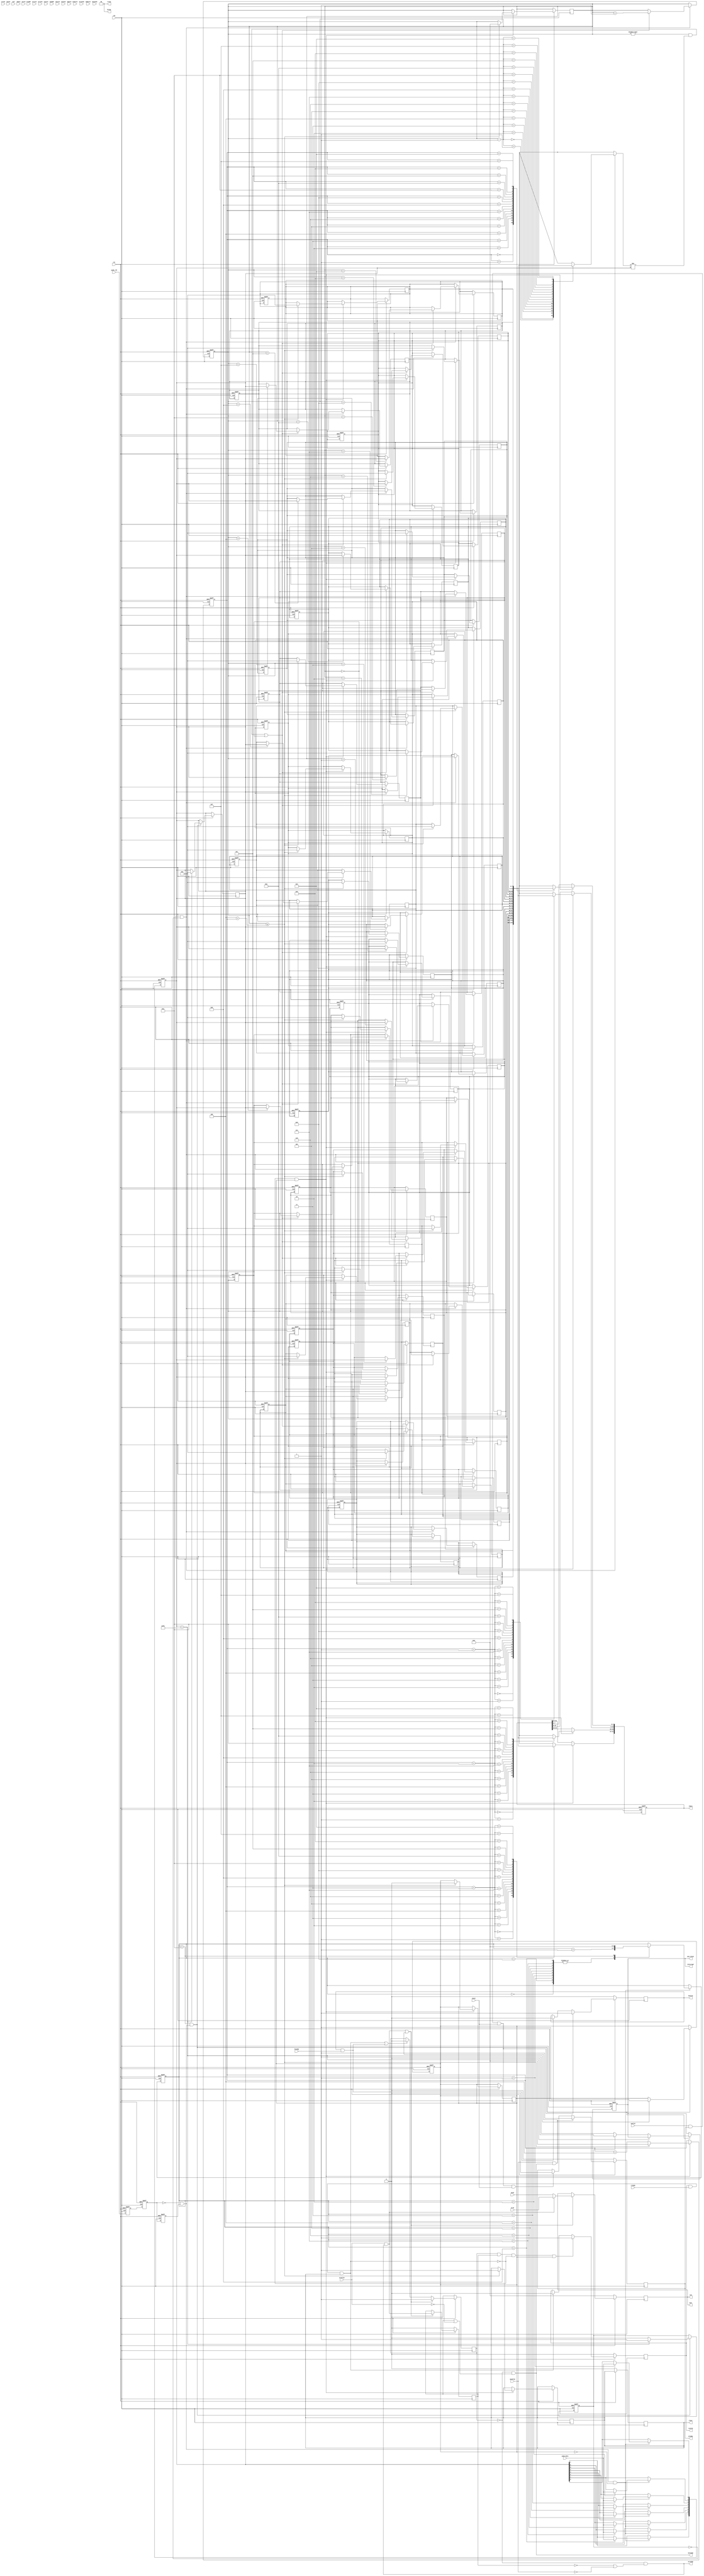
module PS2Keyboard(
        //keyboard control
        input clk                  , // 50Mhz clock
        input rst                  , // reset
        input ps2k_clk             , // PS/2 clock
        input ps2k_data            , // PS/2 data
        output interrupt           ,// 中断信号
        output ps2_state           , // keybord status, =1 when key is pressed
       //ar 
       input   wire[3 :0]  arid    ,
       input   wire[31:0]  araddr  ,
       input   wire[7 :0]  arlen   ,
       input   wire[2 :0]  arsize  ,
       input   wire[1 :0]  arburst ,
       input   wire[1 :0]  arlock  ,
       input   wire[3 :0]  arcache ,
       input   wire[2 :0]  arprot  ,
       input   wire        arvalid ,
       output  wire        arready ,
       //r
       output  wire[3 :0]  rid     ,
       output  wire[31:0]  rdata   ,
       output  wire[1 :0]  rresp   ,
       output  wire        rlast   ,
       output  wire        rvalid  ,
       input   wire        rready  ,
       //aw
       input   wire[3 :0]  awid    ,
       input   wire[31:0]  awaddr  ,
       input   wire[7 :0]  awlen   ,
       input   wire[2 :0]  awsize  ,
       input   wire[1 :0]  awburst ,
       input   wire[1 :0]  awlock  ,
       input   wire[3 :0]  awcache ,
       input   wire[2 :0]  awprot  ,
       input   wire        awvalid ,
       output  wire        awready ,
       //w
       input   wire[3 :0]  wid     ,
       input   wire[31:0]  wdata   ,
       input   wire[3 :0]  wstrb   ,
       input   wire        wlast   ,
       input   wire        wvalid  ,
       output  wire        wready  ,
       output  wire[3 :0]  bid     ,
       output  wire[1 :0]  bresp   ,
       output  wire        bvalid  ,
       input   wire        bready 
       );
//-----------------------{axi_interface}begin------------------//
//axi 接口的读控制相关信号因为有改动故 移动到了 253行到269行
       reg     busy,write,R_or_W;
       wire    ar_enter    = arvalid & arready;              //进入读状态，读数据开始
       wire    r_retire    = rvalid  & rready & rlast;
       wire    aw_enter    = awvalid & awready;
       wire    w_enter     = wvalid  & wready & wlast;
       wire    b_retire    = bvalid  & bready;
   //Mode
       assign  arready     = ~busy & (!R_or_W | !awvalid);   //读地址接收准备好，前提：总线不忙，且写地址无效  （或没进入读状态？）
       assign  awready     = ~busy & ( R_or_W | !arvalid);   
   
       reg [3 :0]  buf_id;
       reg [31:0]  buf_addr;
       reg [7 :0]  buf_len;
       reg [2 :0]  buf_size;
   //busy 
       always @ (posedge clk)  begin
           if (!rst)   busy  <= 1'b0;
           else if (ar_enter | aw_enter)   busy    <= 1'b1;
           else if (r_retire | b_retire)   busy    <= 1'b0;
       end
   //contronl_id
       always @ (posedge clk)  begin
           if (!rst)   begin
               R_or_W      <= 1'b0;
               buf_id      <= 4'b0;
               buf_addr    <= 31'h0;
               buf_len     <= 8'b0;
               buf_size    <= 3'b0;
           end 
           else if (ar_enter | aw_enter)   begin
               R_or_W      <= ar_enter;
               buf_id      <= ar_enter ? arid   : awid   ;
               buf_addr    <= ar_enter ? araddr : awaddr ;
               buf_len     <= ar_enter ? arlen  : awlen  ;
               buf_size    <= ar_enter ? arsize : awsize ;
           end
       end
   //write
       reg wready_reg;
       assign  wready  = wready_reg;
       always @ (posedge clk)  begin
           if      (!rst           )   wready_reg  <= 1'b0;
           else if (aw_enter       )   wready_reg  <= 1'b1;
           else if (w_enter & wlast)   wready_reg  <= 1'b0;
       end     
 //b
       reg bvalid_reg;
       assign  bvalid = bvalid_reg;
       always @ (posedge clk)  begin
           if      (!rst    )  bvalid_reg  <= 1'b0;
           else if (w_enter )  bvalid_reg  <= 1'b1;
           else if (b_retire)  bvalid_reg  <= 1'b0;
       end
   
       assign  rid     = buf_id;
       assign  bid     = buf_id;
       assign  bresp   = 2'b0;
       assign  rresp   = 2'b0;
//-----------------{axi_interface}end----------------//
    
    reg ps2k_clk_r0, ps2k_clk_r1, ps2k_clk_r2;      //ps2k_clk status register
    wire neg_ps2k_clk;                             // ps2k_clk neg-edge flag
    always @(posedge clk or negedge rst) begin 
        if (!rst) begin
            ps2k_clk_r0 <= 1'b0;
            ps2k_clk_r1 <= 1'b0;
            ps2k_clk_r2 <= 1'b0;
        end
        else begin   // storage current status
            ps2k_clk_r0 <= ps2k_clk;
            ps2k_clk_r1 <= ps2k_clk_r0;
            ps2k_clk_r2 <= ps2k_clk_r1;
        end
    end
    assign neg_ps2k_clk = ~ps2k_clk_r1 & ps2k_clk_r2;   // falling edge

    reg[7:0] ps2_byte_r;   // receive a byte from PS/2
    reg[7:0] temp_data;    // current data
    reg[3:0] counter;
   
    always @(posedge clk or negedge rst) begin
        if (!rst) begin
            counter <= 4'd0;
            temp_data <= 8'd0;
        end
        else if (neg_ps2k_clk&!isDone) begin   // at falling edge of ps2k_clk //当接收完后便不再接收
            case (counter)
                4'd0: counter <= counter + 1'b1;
                4'd1: begin
                    counter <=counter + 1'b1;
                    temp_data[0] <= ps2k_data;   // bit 0
                end
                4'd2: begin
                    counter <= counter + 1'b1;
                    temp_data[1] <= ps2k_data;   // bit 1
                end
                4'd3: begin
                    counter <= counter + 1'b1;
                    temp_data[2] <= ps2k_data;   // bit 2
                end
                4'd4: begin
                    counter <= counter + 1'b1;
                    temp_data[3] <= ps2k_data;   // bit 3
                end
                4'd5: begin
                    counter <= counter + 1'b1;
                    temp_data[4] <= ps2k_data;   // bit 4
                end
                4'd6: begin
                    counter <= counter + 1'b1;
                    temp_data[5] <= ps2k_data;   // bit 5
                end
                4'd7: begin
                    counter <= counter + 1'b1;
                    temp_data[6] <= ps2k_data;   // bit 6
                end
                4'd8: begin
                    counter <= counter + 1'b1;
                    temp_data[7] <= ps2k_data;   // bit 7
                end
                4'd9: counter <= counter + 1'b1;   // ignore parity bit
                4'd10: counter <= 4'd0;          // clear counter
                default: ;
            endcase
        end
    end

    reg [7:0] keycode_r[15:0]; // 通码寄存器堆
    integer i;
    always@(posedge clk or negedge rst)begin
        if(!rst)
            for(i=0;i<16;i=i+1)begin
                  keycode_r[i] <=1'b0;
            end
    end        //通码寄存器堆初始化
    
    reg key_f0;        // =1 if no key is pressed (PS/2 break)
    reg ps2_state_r;   // keybord status, =1 when key is pressed
      reg isDone;      
    always @(posedge clk or negedge rst) begin
        // process the data received, only consider 1-byte long keycode
        if (!rst) begin
            key_f0 <= 1'b0;
            ps2_state_r <= 1'b0;
            isDone <=1'b0;   
        end
        else if (counter == 4'd10   &&  neg_ps2k_clk) begin
            // just received a byte
            if (temp_data == 8'hf0)begin
                key_f0 <= 1'b1;
                isDone <= 1'b1;
                temp_data <=1'b0;
                end                      
            else begin
                if (!key_f0) begin             // a key is pressed
                    ps2_state_r <= 1'b1;
            //      ps2_byte_r <= temp_data;       //去掉了ps2_byte_r这个变量，通过axi的rdata传输数据
                end
                else begin
                    ps2_state_r <= 1'b0;
                    key_f0 <= 1'b0;
                end
            end 
        end
    end
    
     assign ps2_state = ps2_state_r;
     assign interrupt = ps2_state;
     
    reg [3:0] tail_ptr;//尾指针，指向有效信息的后一个寄存器的后一个寄存器
    always@(posedge clk or negedge rst)begin
        if(!rst)begin
            tail_ptr <= 4'b0000;
        end
        else if(counter == 4'd10 && neg_ps2k_clk&&!key_f0) begin
             if(((tail_ptr!=1'b0&(keycode_r[tail_ptr-1] !=temp_data))|!tail_ptr))begin //当tail指向0号时写入，tail不是指向0号时，比较队尾的通码和temp里临时通码不同才可写入
                keycode_r[tail_ptr] <=temp_data;                             
                tail_ptr <= tail_ptr+1;
            end
        end 
     end
 
    // read   axi总线接口部分
           reg rvalid_reg;
           reg rlast_reg;
           assign  rvalid  = rvalid_reg;
           assign  rlast   = rlast_reg;
           always @ (posedge clk)  begin
               if (!rst) begin
                  rvalid_reg   <= 1'b0;
                  rlast_reg    <= 1'b0;
               end else if (busy & R_or_W & !r_retire&isDone) begin //进入读，且写指针不是指向0号寄存器的，读数据才有效
                  rvalid_reg  <= 1'b1;
                 // rlast_reg   <= 1'b1;
                  end
               else if (r_retire)  begin
                  rvalid_reg  <= 1'b0;
               end
           end
    reg [31:0]  data_out;
   assign  rdata   = data_out;  

    reg [3:0] head_ptr;//头指针 
    integer k;
    always@(posedge clk or negedge rst)begin
        if(!rst)begin
            data_out <= 32'b0;
            head_ptr <= 4'b0;
        end
        else if(!r_retire&isDone)begin
                data_out[31:24] = keycode_r[head_ptr+2'b11];
                data_out[23:16] = keycode_r[head_ptr+2'b10];
                data_out[15:8]  = keycode_r[head_ptr+1]; 
                data_out[7:0]   = keycode_r[head_ptr];
                 if(tail_ptr<= 4+head_ptr) begin
                  rlast_reg =1'b1; //如果尾指针与头指针距离足够近，说明这是最后一组数据
                  head_ptr =4'b0 ;  //头指针归
                  tail_ptr =4'b0 ; //尾指针归零
                  isDone   =1'b0;
                  for(k=0;k<16;k=k+1)
                    keycode_r[k] =0;
                 end          
                else head_ptr <= head_ptr+4;//否则，传输完一组数据后，移动头指针，传送下一组
       end
   end
   reg ps2k_state_r0,ps2k_state_r1,ps2k_state_r2;
   wire neg_ps2k_state;                          // ps2k_state neg-edge flag
   always @(posedge clk or negedge rst) begin
       if (!rst) begin
           ps2k_state_r0 <= 1'b0;
           ps2k_state_r1 <= 1'b0;
           ps2k_state_r2 <= 1'b0;
       end
       else begin   // storage current status
           ps2k_state_r0 <= ps2_state_r;
           ps2k_state_r1 <= ps2k_state_r0;
           ps2k_state_r2 <= ps2k_state_r1;
       end
   end
   assign neg_ps2k_state = ~ps2k_state_r1 & ps2k_clk_r2; //检测ps2下降沿，即按键松开     
endmodule